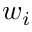
w _ { i }